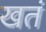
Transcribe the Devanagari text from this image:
खतं